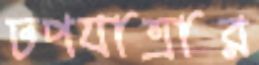
ঢপযাত্রার